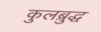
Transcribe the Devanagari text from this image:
कुलब्रुद्ध